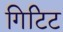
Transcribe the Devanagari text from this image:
गिटिट